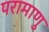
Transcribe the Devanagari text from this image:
परामाणु